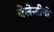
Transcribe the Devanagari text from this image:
वेलेन्टीनो